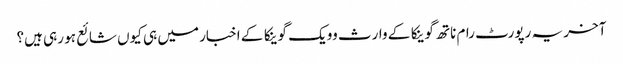
آخر یہ رپورٹ رام ناتھ گوینکا کے وارث وویک گوینکا کے اخبار میں ہی کیوں شائع ہو رہی ہیں؟